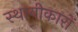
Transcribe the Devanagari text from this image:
स्थायीकारों